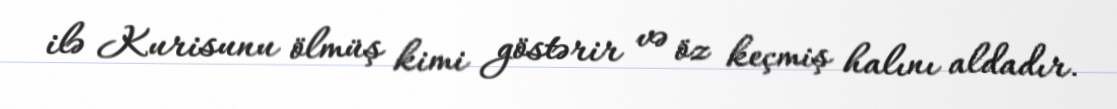
ilə Kurisunu ölmüş kimi göstərir və öz keçmiş halını aldadır.